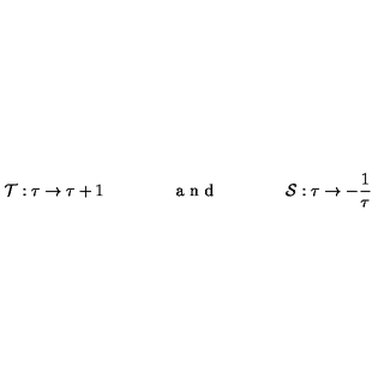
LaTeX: { \cal T } : \tau \rightarrow \tau + 1 \qquad \qquad \textrm { a n d } \qquad \qquad { \cal S } : \tau \rightarrow - \frac { 1 } { \tau }